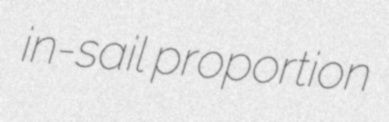
in-sail proportion